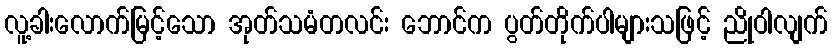
လူ့ခါးလောက်မြင့်သော အုတ်သမံတလင်း ဘောင်က ပွတ်တိုက်ပါများသဖြင့် ညိုဝါလျက်